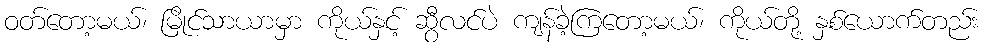
ဝတ်တော့မယ်၊ မြိုင်သာယာမှာ ကိုယ်နှင့် ဆွီလင်ပဲ ကျန်ခဲ့ကြတော့မယ်၊ ကိုယ်တို့ နှစ်ယောက်တည်း